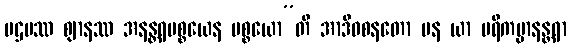
ပဌမဿ ဈာနဿ အနန္တရပစ္စယေန ပစ္စယော”တိ အာဒိဝစနတော ပန ယာ ပရိကမ္မာနန္တရာ